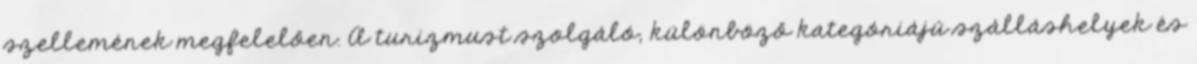
szellemének megfelelően. A turizmust szolgáló, különböző kategóriájú szálláshelyek és